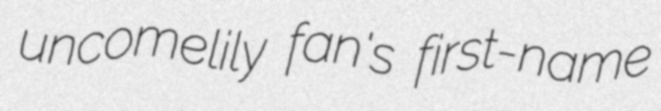
uncomelily fan's first-name